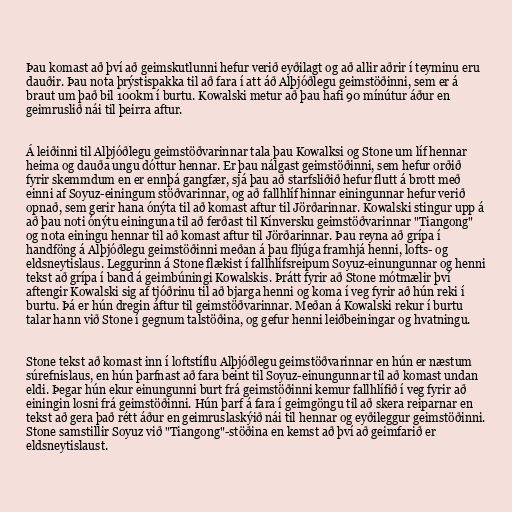
Þau komast að því að geimskutlunni hefur verið eyðilagt og að allir aðrir í teyminu eru
dauðir. Þau nota þrýstispakka til að fara í att áð Alþjóðlegu geimstöðinni, sem er á
braut um það bil 100km í burtu. Kowalski metur að þau hafi 90 mínútur áður en
geimruslið nái til þeirra aftur.

Á leiðinni til Alþjóðlegu geimstöðvarinnar tala þau Kowalksi og Stone um líf hennar
heima og dauða ungu dóttur hennar. Er þau nálgast geimstöðinni, sem hefur orðið
fyrir skemmdum en er ennþá gangfær, sjá þau að starfsliðið hefur flutt á brott með
einni af Soyuz-einingum stöðvarinnar, og að fallhlíf hinnar einingunnar hefur verið
opnað, sem gerir hana ónýta til að komast aftur til Jörðarinnar. Kowalski stingur upp á
að þau noti ónýtu eininguna til að ferðast til Kínversku geimstöðvarinnar "Tiangong"
og nota einingu hennar til að komast aftur til Jörðarinnar. Þau reyna að grípa í
handföng á Alþjóðlegu geimstöðinni meðan á þau fljúga framhjá henni, lofts- og
eldsneytislaus. Leggurinn á Stone flækist í fallhlífsreipum Soyuz-einungunnar og henni
tekst að grípa í band á geimbúningi Kowalskis. Þrátt fyrir að Stone mótmælir því
aftengir Kowalski sig af tjóðrinu til að bjarga henni og koma í veg fyrir að hún reki í
burtu. Þá er hún dregin áftur til geimstöðvarinnar. Meðan á Kowalski rekur í burtu
talar hann við Stone í gegnum talstöðina, og gefur henni leiðbeiningar og hvatningu.

Stone tekst að komast inn í loftstíflu Alþjóðlegu geimstöðvarinnar en hún er næstum
súrefnislaus, en hún þarfnast að fara beint til Soyuz-einungunnar til að komast undan
eldi. Þegar hún ekur einungunni burt frá geimstöðinni kemur fallhlífið í veg fyrir að
einingin losni frá geimstöðinni. Hún þarf á fara í geimgöngu til að skera reiparnar en
tekst að gera það rétt áður en geimruslaskýið nái til hennar og eyðileggur geimstöðinni.
Stone samstillir Soyuz við "Tiangong"-stöðina en kemst að því að geimfarið er
eldsneytislaust.